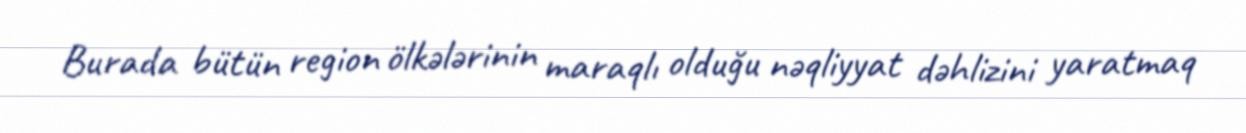
Burada bütün region ölkələrinin maraqlı olduğu nəqliyyat dəhlizini yaratmaq